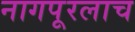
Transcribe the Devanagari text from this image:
नागपूरलाच